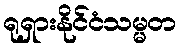
ရုရှားနိုင်ငံသမ္မတ